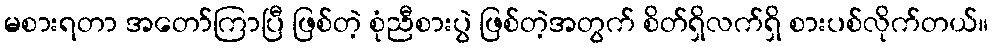
မစားရတာ အတော်ကြာပြီ ဖြစ်တဲ့ စုံညီစားပွဲ ဖြစ်တဲ့အတွက် စိတ်ရှိလက်ရှိ စားပစ်လိုက်တယ်။